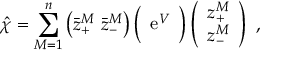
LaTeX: \hat { \chi } = \sum _ { M = 1 } ^ { n } \left( \bar { z } _ { + } ^ { M } \, \, \bar { z } _ { - } ^ { M } \right) \Big ( \begin{array} { c c } { { \mathrm { e } ^ { V } } } \end{array} \Big ) \left( \begin{array} { c } { { z _ { + } ^ { M } } } \\ { { z _ { - } ^ { M } } } \end{array} \right) \ ,